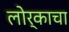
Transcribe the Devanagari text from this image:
लोर्काचा